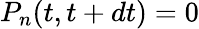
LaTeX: P_{n}(t,t+dt)=0